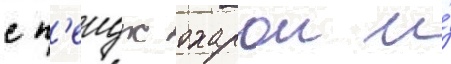
с п'еидж охарои и́